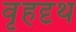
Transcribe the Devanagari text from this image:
वृहदृथ